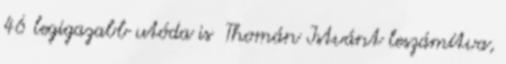
46 legigazabb utóda is Thomán Istvánt leszámítva,